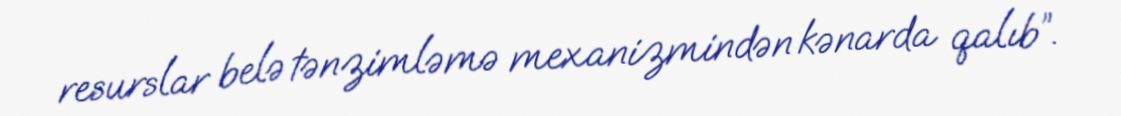
resurslar belə tənzimləmə mexanizmindən kənarda qalıb”.